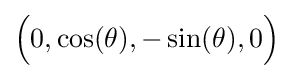
{\Big (}0,\cos(\theta ),-\sin(\theta ),0{\Big )}